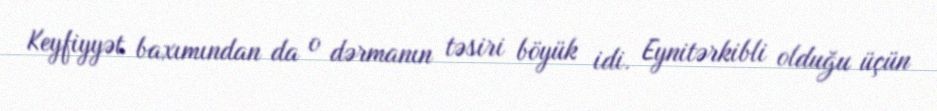
Keyfiyyət baxımından da o dərmanın təsiri böyük idi. Eynitərkibli olduğu üçün